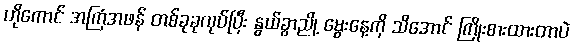
ဟိုကောင် အကြံအဖန် တစ်ခုခုလုပ်ပြီး နွယ်ခွာညို့ မွေးနေ့ကို သိအောင် ကြိုးစားထားတာပဲ